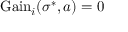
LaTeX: { \mathrm { G a i n } } _ { i } ( \sigma ^ { * } , a ) = 0